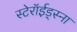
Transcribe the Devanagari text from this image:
स्टेरॉईड्स्ना